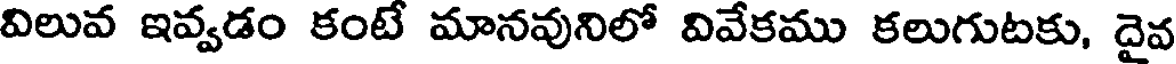
విలువ ఇవ్వడం కంటే మానవునిలో వివేకము కలుగుటకు, దైవ